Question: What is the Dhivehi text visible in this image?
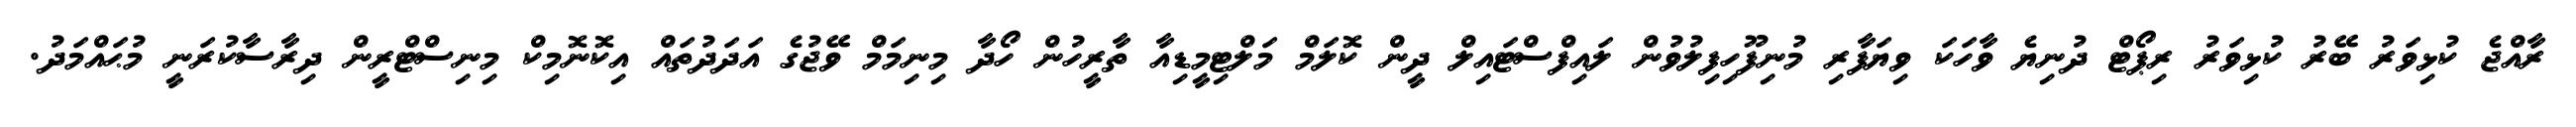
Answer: ރާއްޖެ ކުޅިވަރު ބޭރު ކުޅިވަރު ރިޕޯޓް ދުނިޔެ ވާހަކަ ވިޔަފާރި މުނިފޫހިފިލުވުން ލައިފްސްޓައިލް ދީން ކޮލަމް މަލްޓިމީޑިއާ ތާރީހުން ހޯދާ މިނިމަމް ވޭޖުގެ އަދަދުތައް އިކޮނޮމިކް މިނިސްޓްރީން ދިރާސާކުރަނީ މުޙައްމަދު.